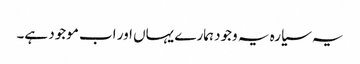
یہ سیارہ یہ وجود ہمارے یہاں اور اب موجود ہے۔